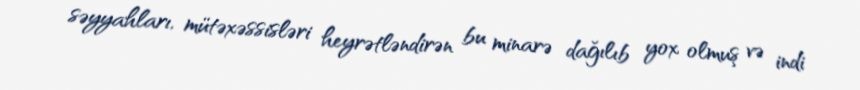
səyyahları, mütəxəssisləri heyrətləndirən bu minarə dağılıb yox olmuş və indi